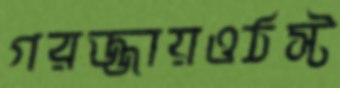
গরজ্জায়ওঠস্ট